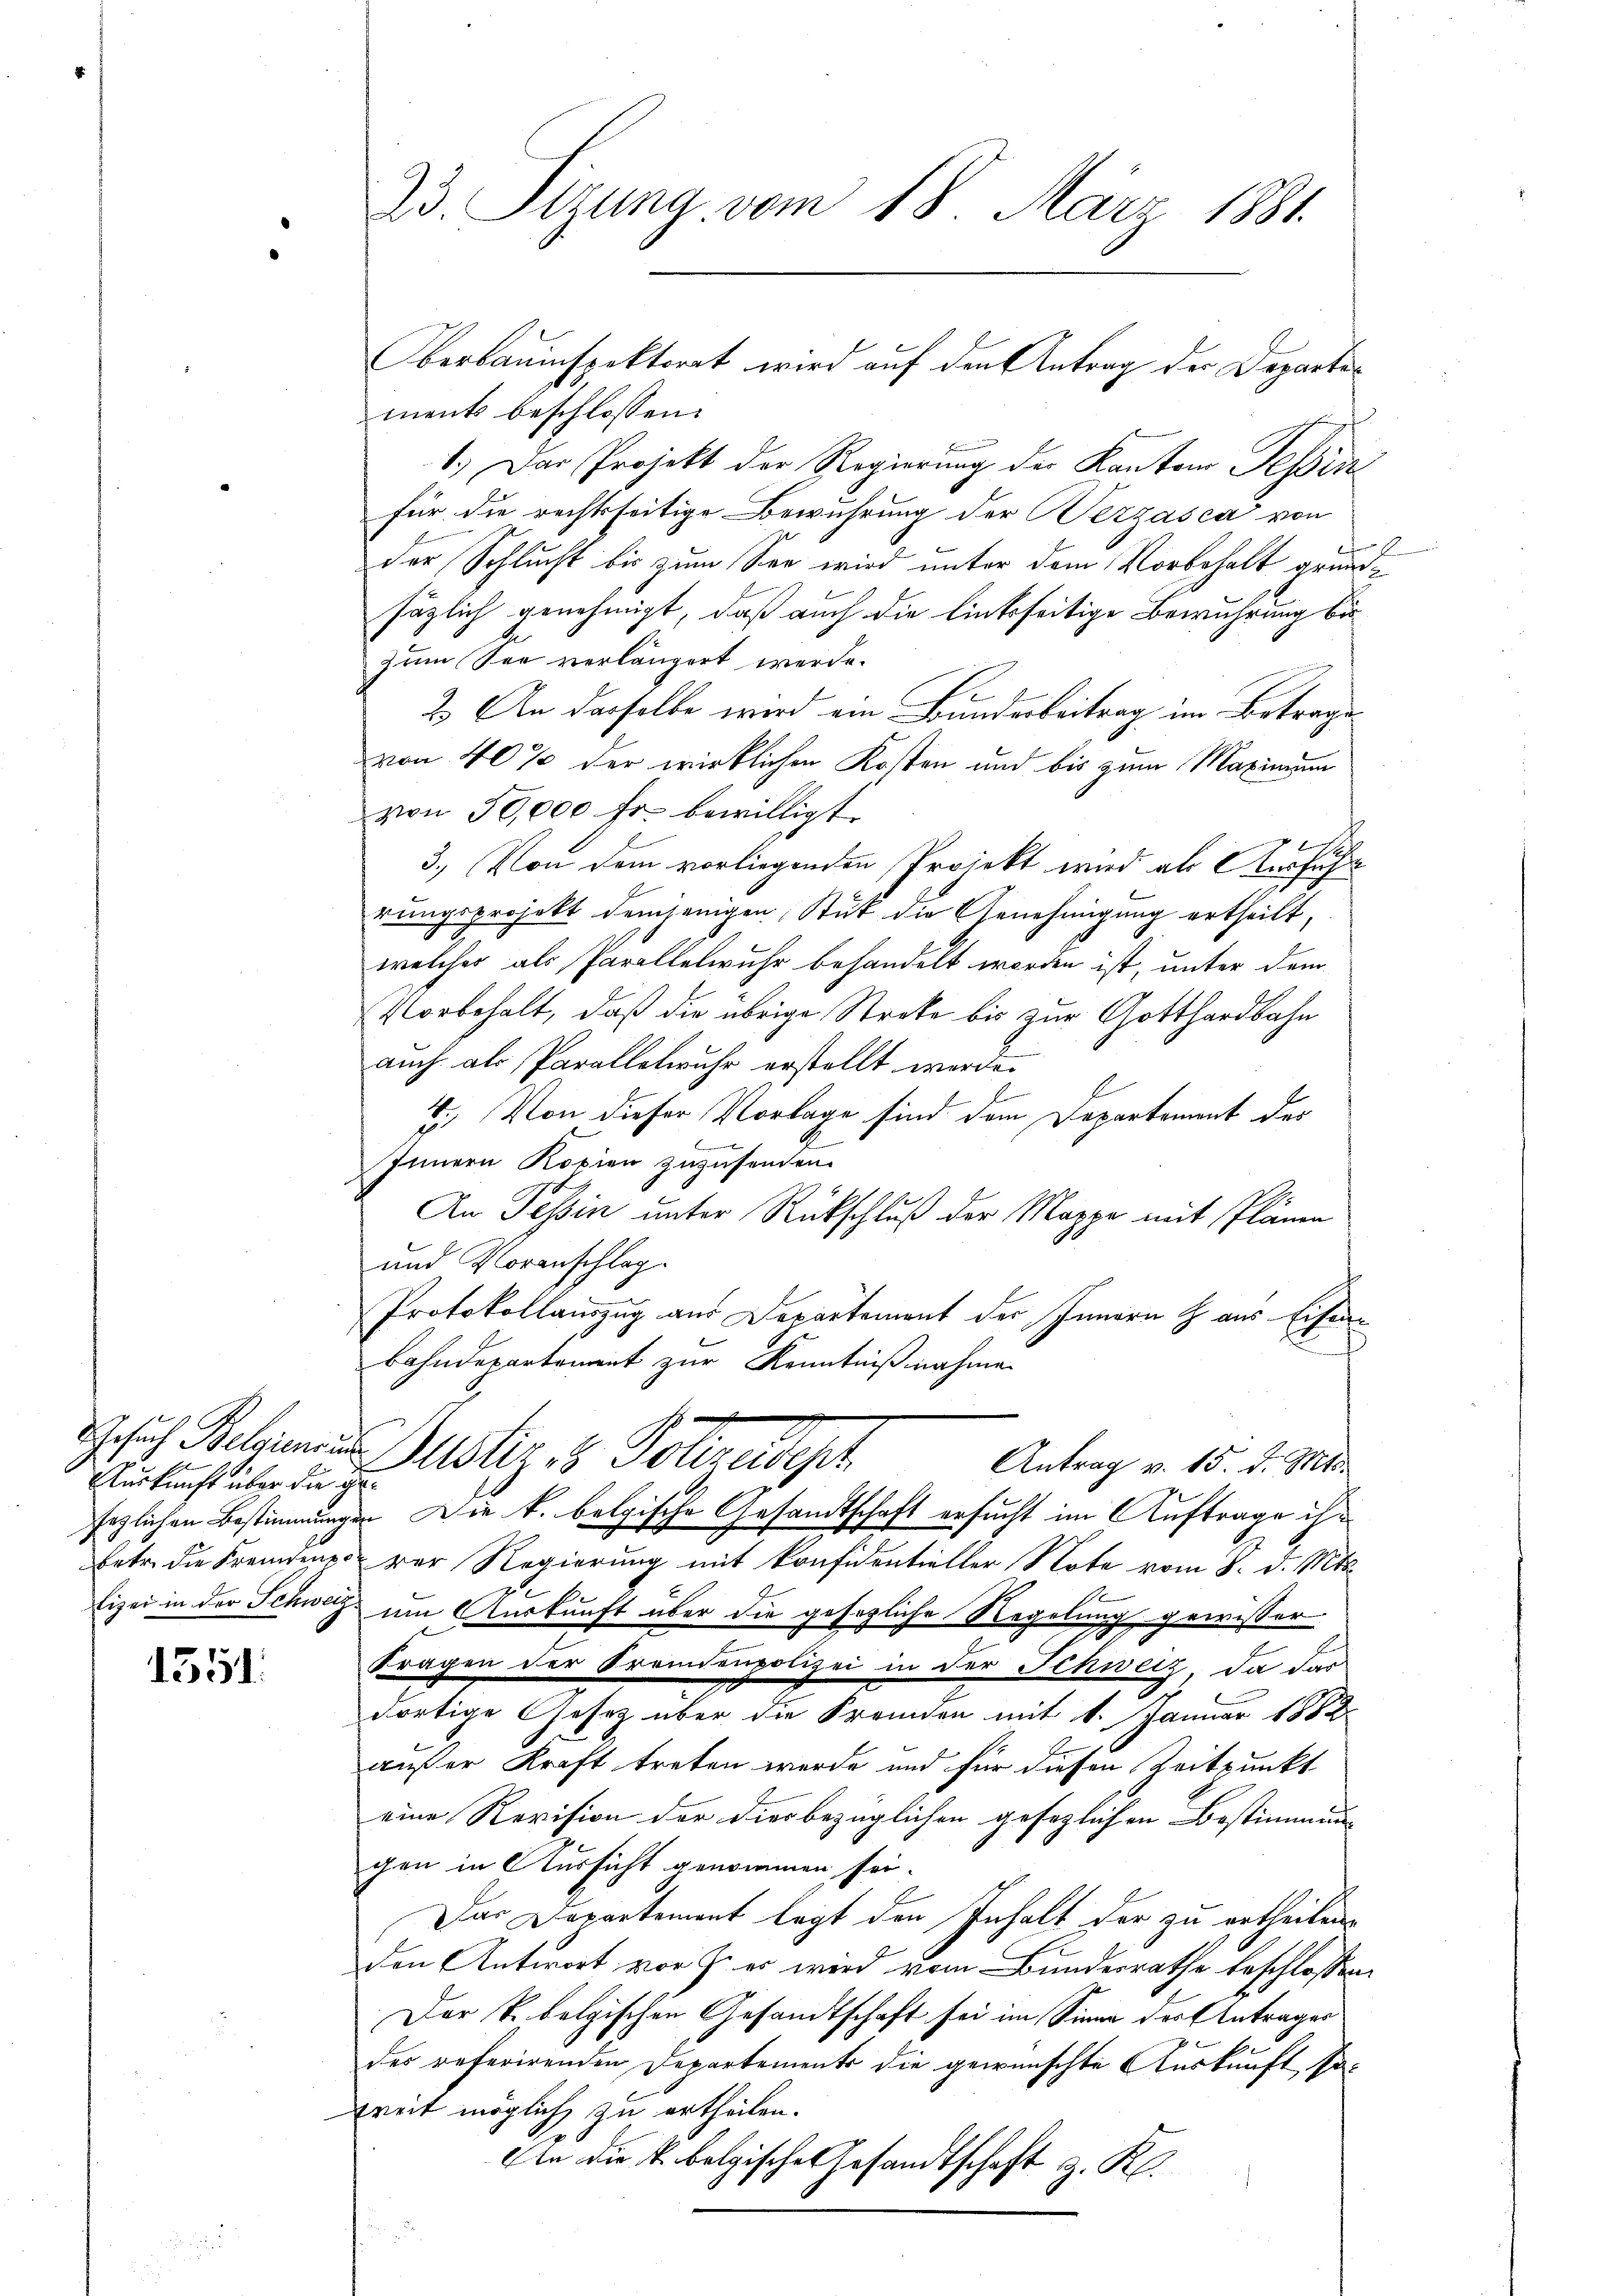
Auskunft über die Ge¬

1551.

ments beschlossen:
1.) Das Projekt der Regierung der Kantons Teßin
für die rechtsseitige Bewuhrung der Bezzasca von
der Schlucht bis zum See wird unter dem Vorbehalt grundsäzlich genehmigt, daß auch die linksseitige Bewuhrung bis
zum See verlängert werde.
2.) An dasselbe wird ein Bunderbeitrag im Betrage
von 40% der wirklichen Kosten und bis zum Maximum
von 50,000 fr. bewilligt.
3.) Von dem vorliegenden Projekt wird als Ausführ
rungsprojekt demjenigen Stück die Genehmigung ertheilt,
welches als Parallelwuhr behandelt worden ist, unter dem
Vorbehalt, daß die übrige Streke bis zur Gotthardbahn
auch als Parallelwuhr erstellt werde.
E
4. Von dieser Vorlage sind dem Departement des
Innern Kopien zuzusenden.
An Tessin unter Rückschluß der Mappe mit Plänen
und Voranschlag
Protokollauszug aus Departement der Innern & aus Eisen
f
Bahndepartement zur Kenntnißnahme
Gesuch Belammen Justiz & Polczatyph
Antrag v. 15. d. Mts.
fezlichen Bestimmungen Die k. belgische Gesandtschaft ersucht im Auftrage ihr
betr. die Fremdenen vor Regierung mit Präsidentieller Note vom 8. d. Mts.
Eizei in der Schweiz im Auskunft über die gesezliche Regelung gewisser
2
Fragen der Fremdenpolizei in der Schweiz, da das
dortige Gesetz über die Fremden mit 1. Januar 1882.
außer Kraft treten werde und für diesen Zeitpunkt
eine Revision der diesbezüglichen gesezlichen Bestimmung
gen in Aussicht genommen sei.
Das Departement legt den Inhalt der zu ertheilen,
den Antwort vor J. er wird vom Bundesrathe beschlossen,
Der k. belgischen Gesandtschaft sei im Sinne des Antrages
des referirenden Departements die gewünschte Auskunft, so-
treit möglich zu ertheilen.
Ain die k. belgische Gesandtschaft z. K.
d

23. Sizung vom 18. März 1881.

berbauinspektorat wird auf den Antrag der Departe¬